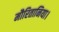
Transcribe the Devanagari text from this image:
मौरितानिया।